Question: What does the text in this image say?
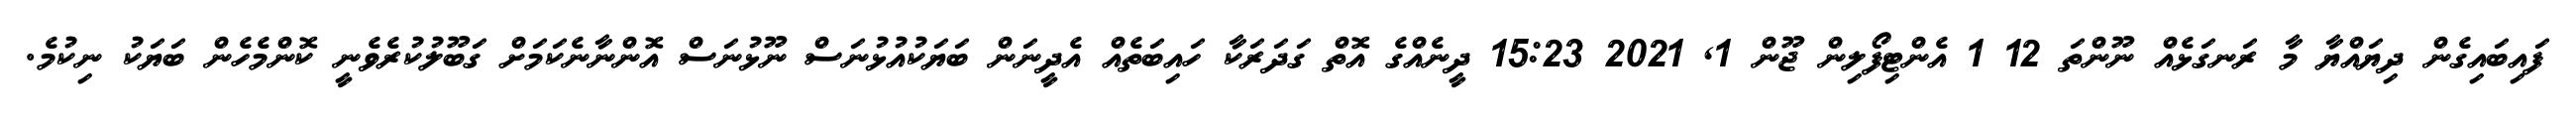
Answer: ފައިބައިގެން ދިޔައްޔާ މާ ރަނގަޅެއް ނޫންތަ 12 1 އެންޓިފޯލިން ޖޫން 1, 2021 15:23 ދީނެއްގެ އޮތް ގަދަރަކާ ހައިބަތެއް އެދީނަން ބަޔަކުއުޅުނަސް ނޫޅުނަސް އޮންނާނެކަމަށް ގަބޫލުކުރެވެނީ ކޮންމެހެން ބަޔަކު ނިކުމެ.